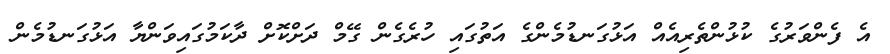
އެ ފެންވަރުގެ ކުޅުންތެރިއެއް އަޅުގަނޑުމެންގެ އަތުގައި ހުރެގެން ގޭމް ދަށްކޮށް ދާކަމުގައިވަންޔާ އަޅުގަނޑުމެން